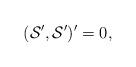
LaTeX: \begin{align*}({\cal S}', {\cal S}')' = 0,\end{align*}